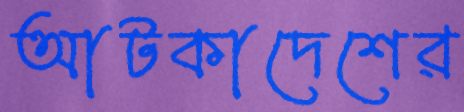
আটকাদেশের